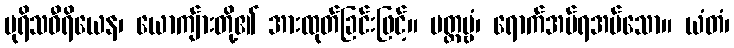
ပုရိသဝီရိယေန၊ ယောကျ်ားတို့၏ အားထုတ်ခြင်းဖြင့်။ ပတ္တဗ္ဗံ၊ ရောက်အပ်ရအပ်သော။ ယံတံ၊